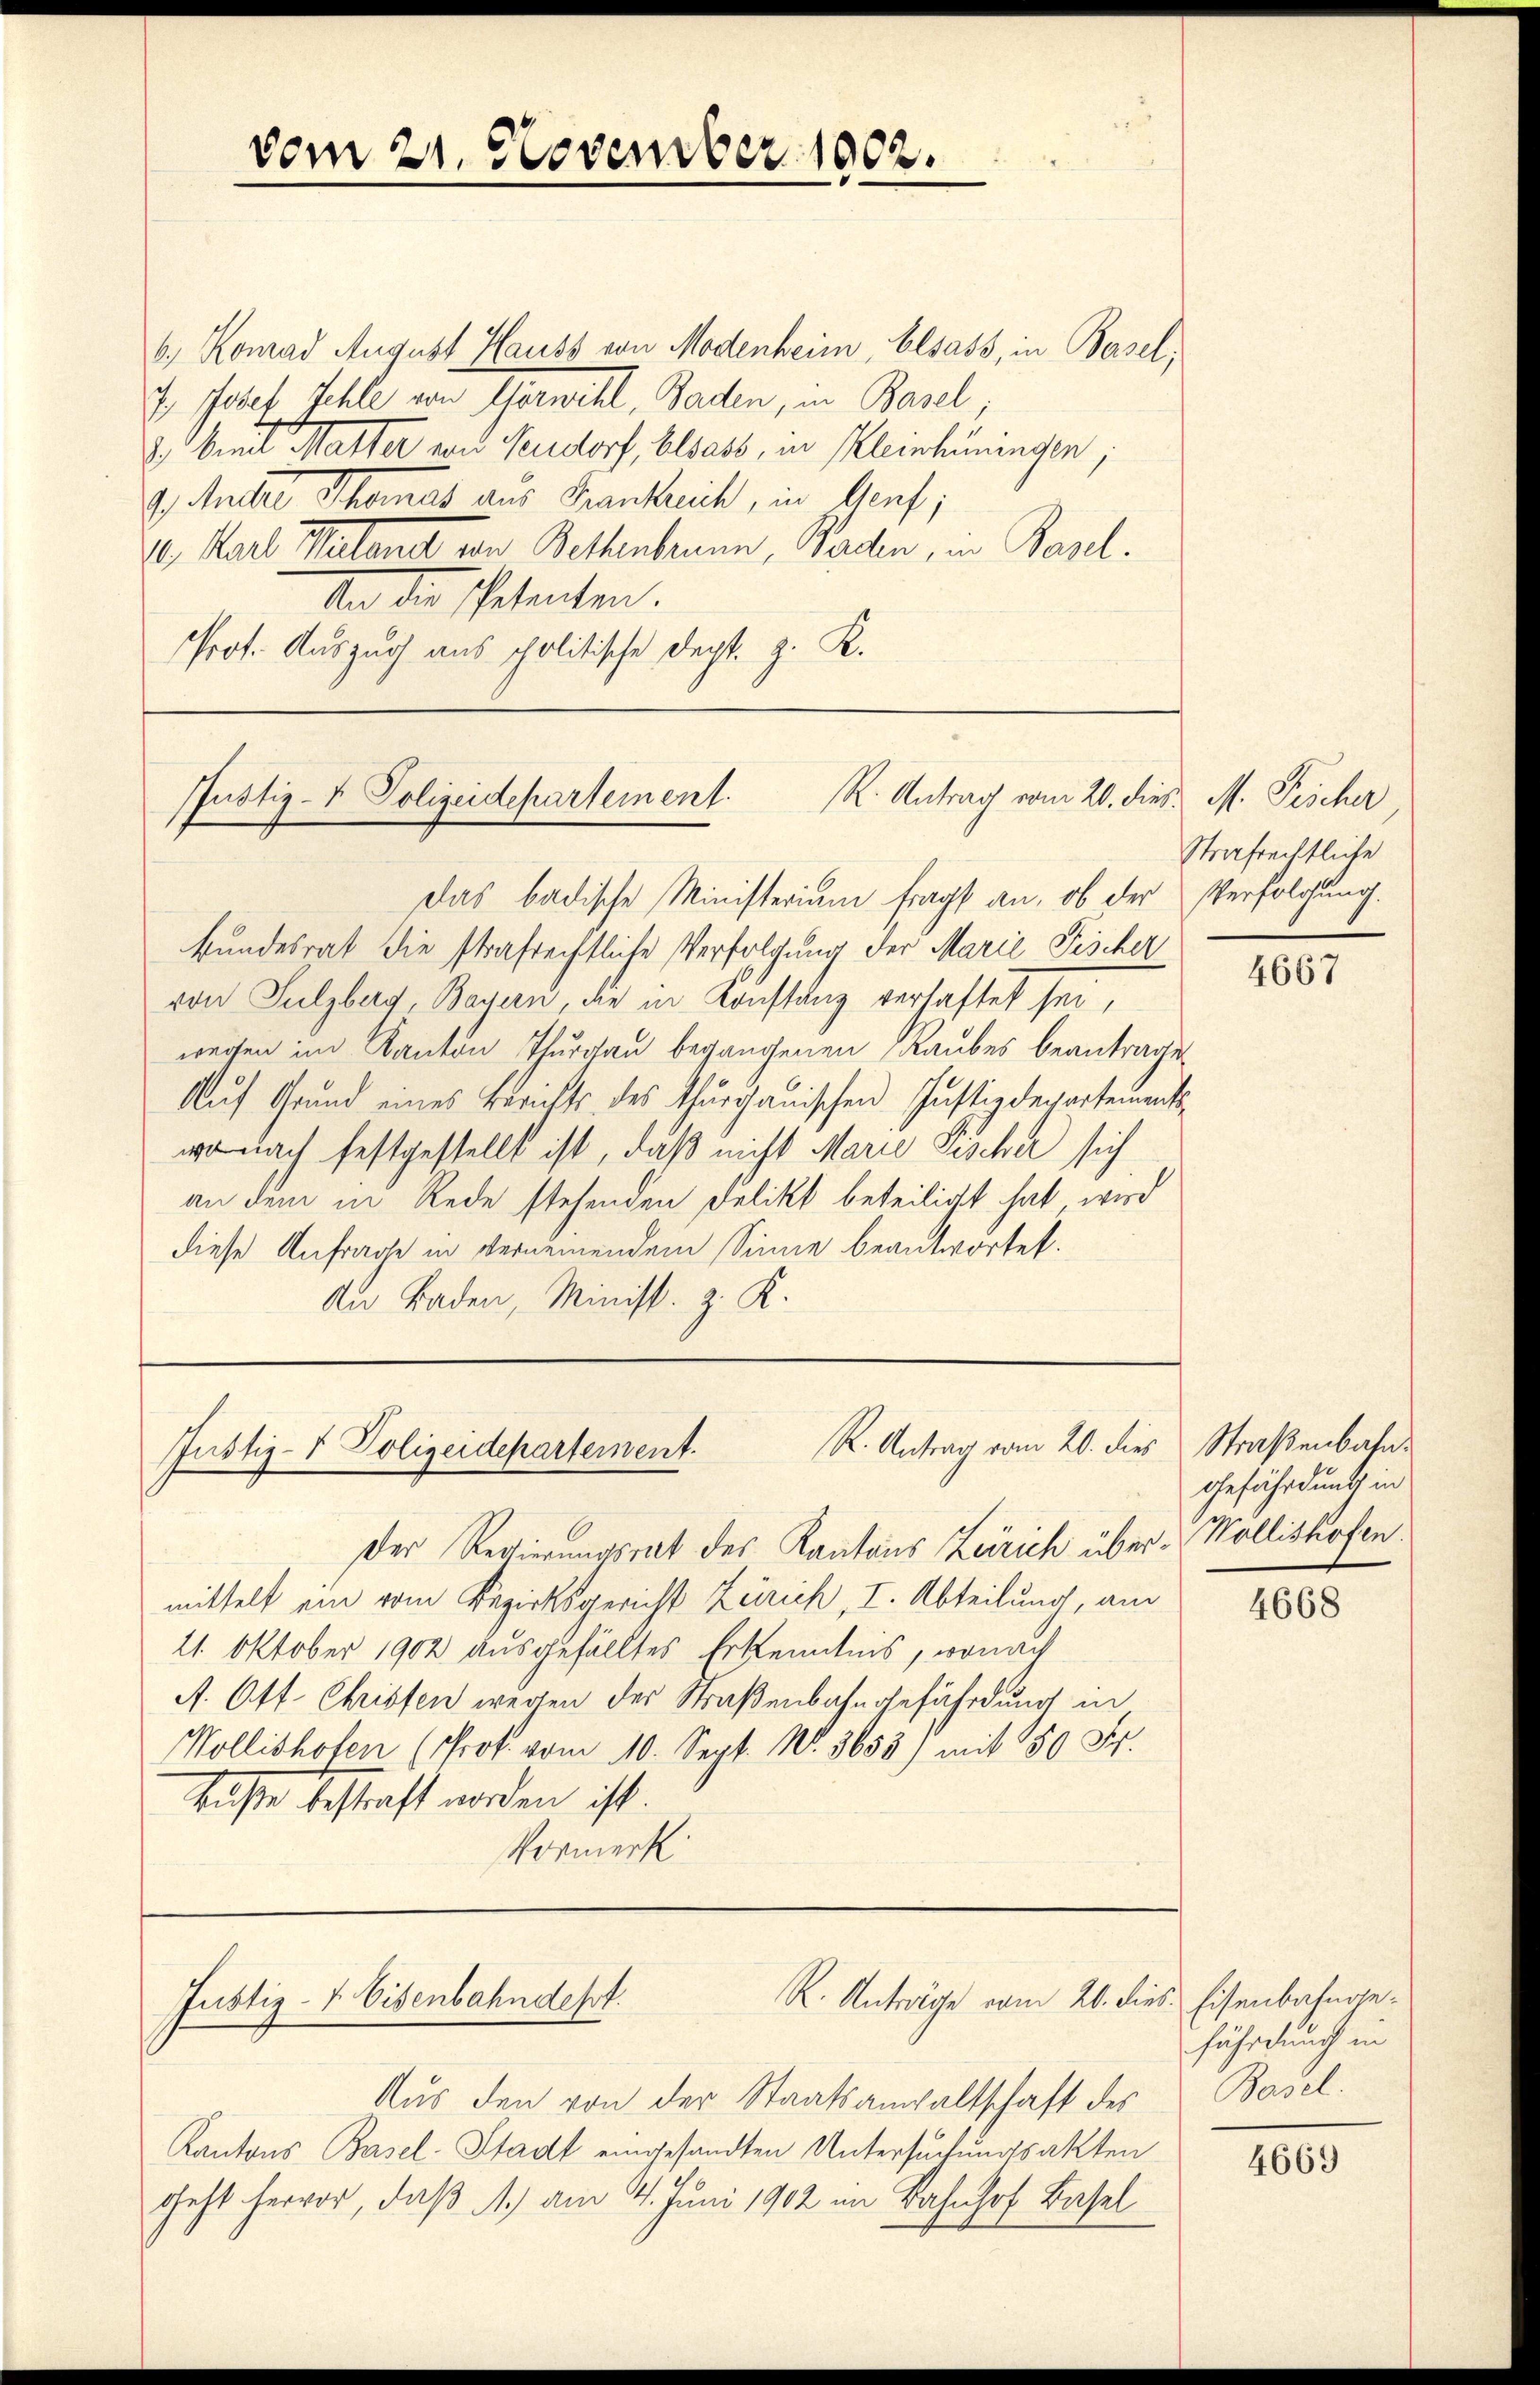
vom 21. November 1902.

6) Konrad August Hauss von Modenheim, Elsass, in Basel;
I. Josef Schle von Gernell, Baden, in Basel,
d Breit Malter von Sendorf, Elsass, in Kleinhüningen;
I. Michael Thomas aus Frankreich, in Genf;
10. Karl Meland von Bettenbrunn, Baden, in Basel.
din die Petenten.
Prot. Auszug aus politische Dept. z. K.

Justiz-V. Polizeidepartement.
R. Antrag vom 20. dies M. Fischer
Das badische Ministerium fragt an, ob der Verfolgung.

bundesrat die strafrechtliche Verfolgung der Marie Fischer
von Sulzberg, Bayern, die in Konstanz verhaftet sei,
weisen im Kanton Thurgau begangenen Raubes beantrage
Auf Grund eines Berichts des Thurgauischen Justizdepartements
wo nach festgestellt ist, daß nicht Marie Pischer sich
an dem in Rede stehenden Delikt beteiligt hat wird
diese Anfrage in verneinendem Sinne beantwortet.
Au Baden, Minist. z. K.

R. Antrag vom 20. dies
Justiz-V Polizeidepartement.

Der Regierungsrat des Kantons Zürich über Mollishofen.
mittelt ein vom Bezirksgericht Zürich, I. Abteilung, am
21. Oktober 1902 ausgefälltes Erkenntnis, wonach
A. Ott Christen wegen der Straßenbahngefährdung in
Wollishofen (Prot. vom 10. Sept. No. 3655) mit 50 Fr.
Richte bestraft worden ist.
Vormerk

R. Anträge vom 20. dies Eisenbahnge¬
Justiz- & Eisenbahndesst.

Aus den von der Staatsanwaltschaft des Basel.
Kantons Basel-Stadt eingesandten Untersuchungsakten
geht hervor, daß 1.) am 4. Juni 1902 im Bahnhof Basel

Strafrechtliche

4667

Straßenbahn.
gefährdung in

4668

fährdung in

4669